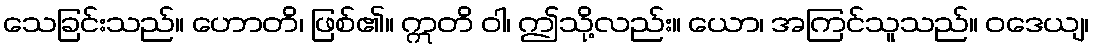
သေခြင်းသည်။ ဟောတိ၊ ဖြစ်၏။ ဣတိ ဝါ၊ ဤသို့လည်း။ ယော၊ အကြင်သူသည်။ ဝဒေယျ၊